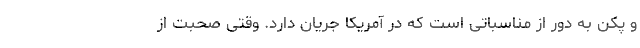
و پکن به دور از مناسباتی است که در آمریکا جریان دارد. وقتی صحبت از